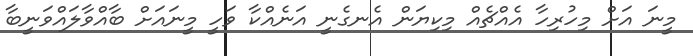
މީނަ އަށް މިހުރިހާ އެއްޗެއް މިކިޔަން އެނގެނީ އަނެއްކާ ވަހީ މީނައަށް ބާއްވާލައްވަނީބާ